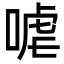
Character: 㖸